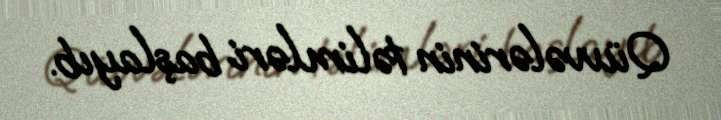
Qüvvələrinin təlimləri başlayıb.